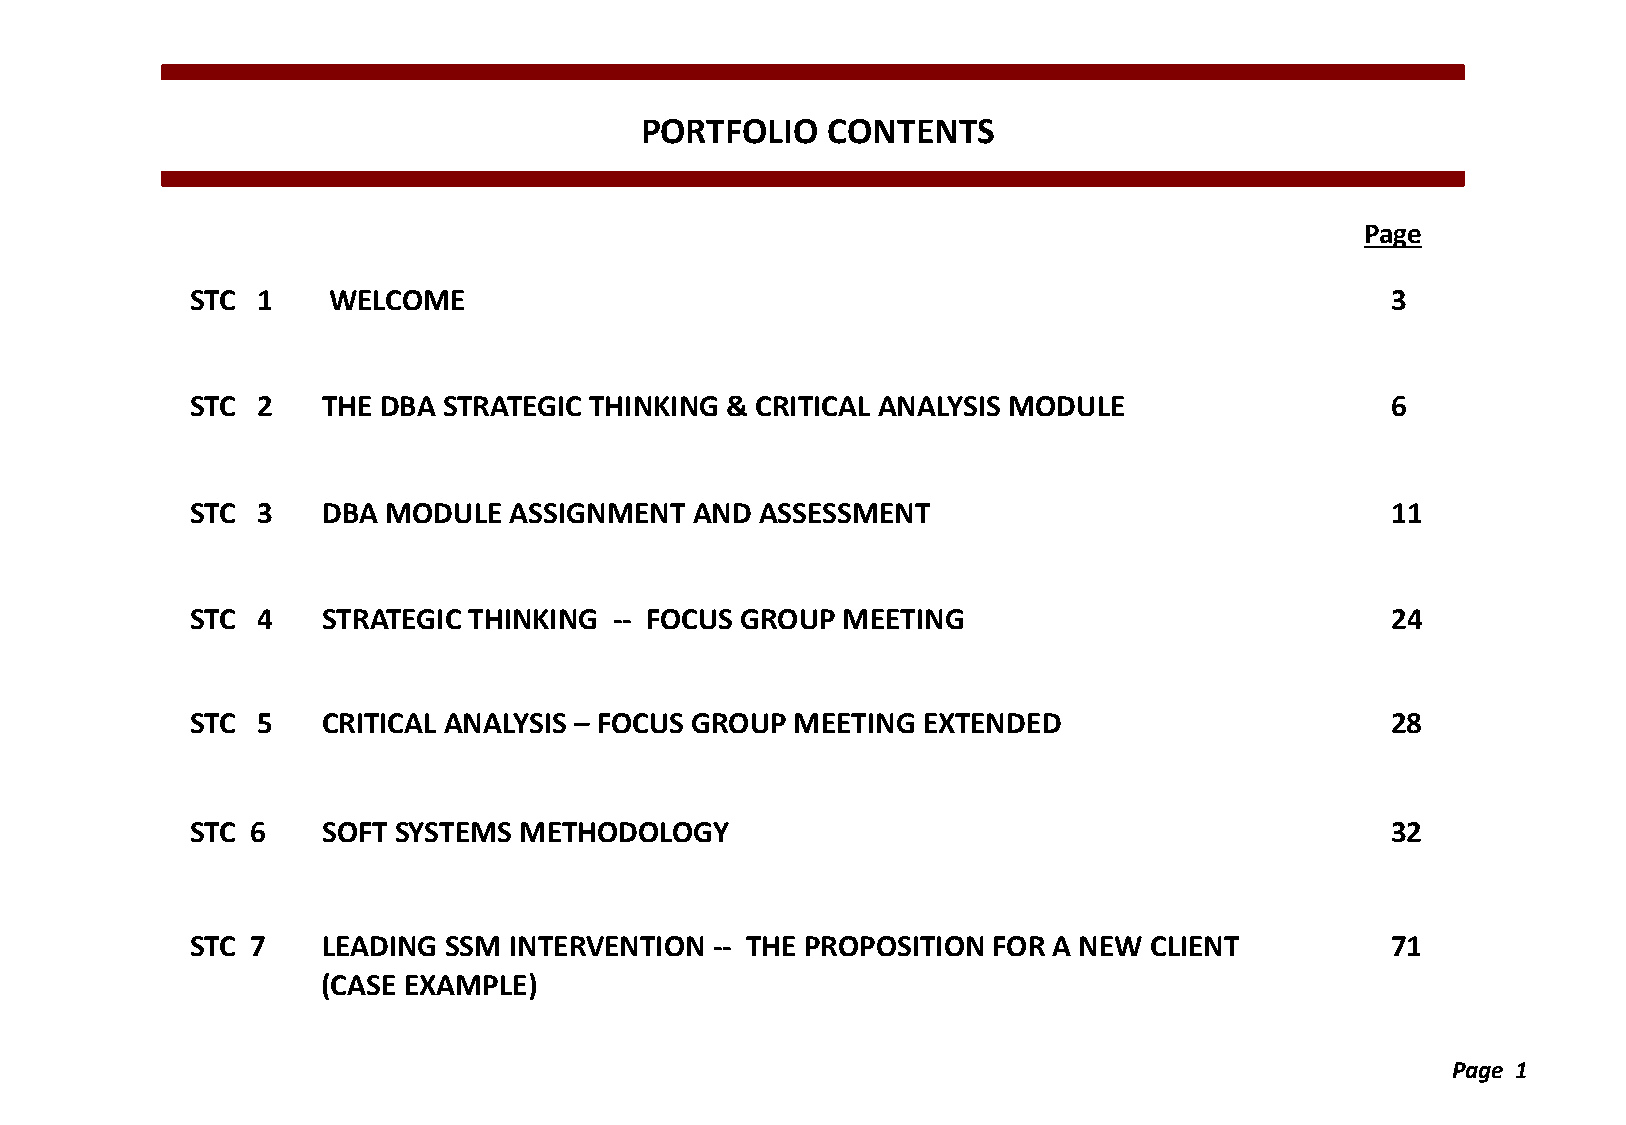
PORTFOLIO    CONTENTS
 Page
 STC 1    WELCOME                                                               3
 STC 2   THE DBA STRATEGIC THINKING & CRITICAL ANALYSIS MODULE                  6
 STC 3   DBA MODULE   ASSIGNMENT  AND ASSESSMENT                                11
 STC 4   STRATEGIC THINKING  -- FOCUS GROUP MEETING                             24
 STC 5   CRITICAL ANALYSIS – FOCUS GROUP MEETING EXTENDED                       28
 STC 6   SOFT SYSTEMS METHODOLOGY                                               32
 STC 7   LEADING SSM  INTERVENTION -- THE PROPOSITION FOR A NEW CLIENT          71
 (CASE EXAMPLE)
 Page 1